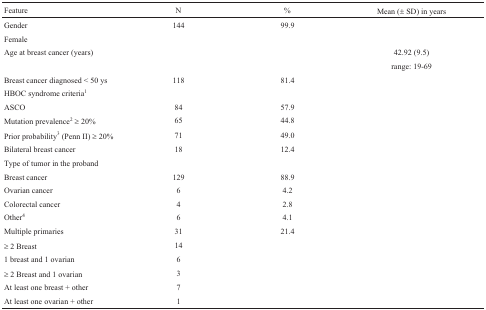
<table><thead><tr><td><b>Feature</b></td><td><b>N</b></td><td><b>%</b></td><td><b>Mean (± SD) in years</b></td></tr></thead><tbody><tr><td>Gender</td><td>144</td><td>99.9</td><td></td></tr><tr><td>Female</td><td></td><td></td><td></td></tr><tr><td>Age at breast cancer (years)</td><td></td><td></td><td>42.92 (9.5)</td></tr><tr><td></td><td></td><td></td><td>range: 19-69</td></tr><tr><td>Breast cancer diagnosed &lt; 50ys</td><td>118</td><td>81.4</td><td></td></tr><tr><td>HBOC syndrome criteria1</td><td></td><td></td><td></td></tr><tr><td>ASCO</td><td>84</td><td>57.9</td><td></td></tr><tr><td>Mutation prevalence2 ≥ 20%</td><td>65</td><td>44.8</td><td></td></tr><tr><td>Prior probability3 (Penn II) ≥ 20%</td><td>71</td><td>49.0</td><td></td></tr><tr><td>Bilateral breast cancer</td><td>18</td><td>12.4</td><td></td></tr><tr><td>Type of tumor in the proband</td><td></td><td></td><td></td></tr><tr><td>Breast cancer</td><td>129</td><td>88.9</td><td></td></tr><tr><td>Ovarian cancer</td><td>6</td><td>4.2</td><td></td></tr><tr><td>Colorectal cancer</td><td>4</td><td>2.8</td><td></td></tr><tr><td>Other4</td><td>6</td><td>4.1</td><td></td></tr><tr><td>Multiple primaries</td><td>31</td><td>21.4</td><td></td></tr><tr><td>≥ 2 Breast</td><td>14</td><td></td><td></td></tr><tr><td>1 breast and 1 ovarian</td><td>6</td><td></td><td></td></tr><tr><td>≥ 2 Breast and 1 ovarian</td><td>3</td><td></td><td></td></tr><tr><td>At least one breast + other</td><td>7</td><td></td><td></td></tr><tr><td>At least one ovarian + other</td><td>1</td><td></td><td></td></tr></tbody></table>